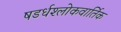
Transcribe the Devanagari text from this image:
षडर्धश्लोकवार्तिक